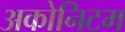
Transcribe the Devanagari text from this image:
अकोनिटम